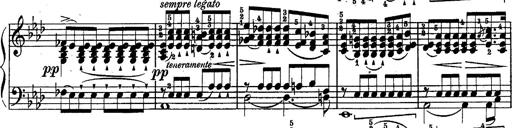
Title: Schubert's Impromptus [revised and edited by Franz Liszt]
Composer: Franz Liszt